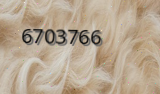
6703766